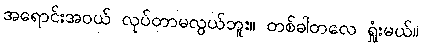
အရောင်းအဝယ် လုပ်တာမလွယ်ဘူး။ တစ်ခါတလေ ရှုံးမယ်။